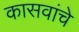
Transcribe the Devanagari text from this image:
कासवांचे